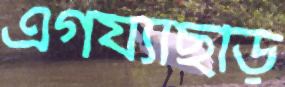
এগয্যাছড়ি